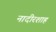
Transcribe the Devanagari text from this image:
नादीरशाह